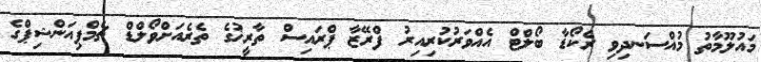
މައުލޫމާތު މުއްސަނދިވި ރެކޯޑާ ބޯލްޓް އެއްވަރުކުރިއިރު ފްރޭޒާ ޕްރައިސް ތާރީޚުގެ ތެރެއަށްވޯލްޑް ޗެމްޕިއަންޝިޕްގެ